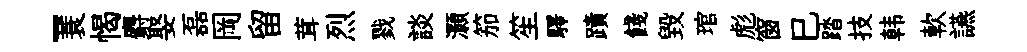
-蓑愒麝娶磊岡留茸烈戮談灝笳笙驛蹟餞毀琯彪窗巳踏技韩軟讌